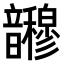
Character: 𫖜